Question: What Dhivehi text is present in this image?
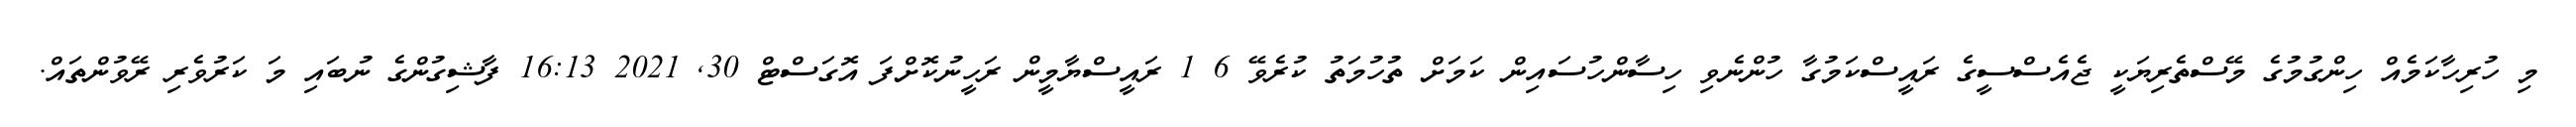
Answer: މި ހުރިހާކަމެއް ހިންގުމުގެ މޭސްތެރިޔަކީ ޖެއެސްސީގެ ރައީސްކަމުގާ ހުންނެވި ހިސާންހުސައިން ކަމަށް ތުހުމަތު ކުރެވޭ 6 1 ރައީސްޔާމީން ރަހީނުކޮށްފަ އޮގަސްޓް 30, 2021 16:13 ފާޝިގުންގެ ނުބައި މަ ކަރުވެރި ރޭވުންތައް.